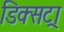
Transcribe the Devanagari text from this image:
डिक्सट्रा